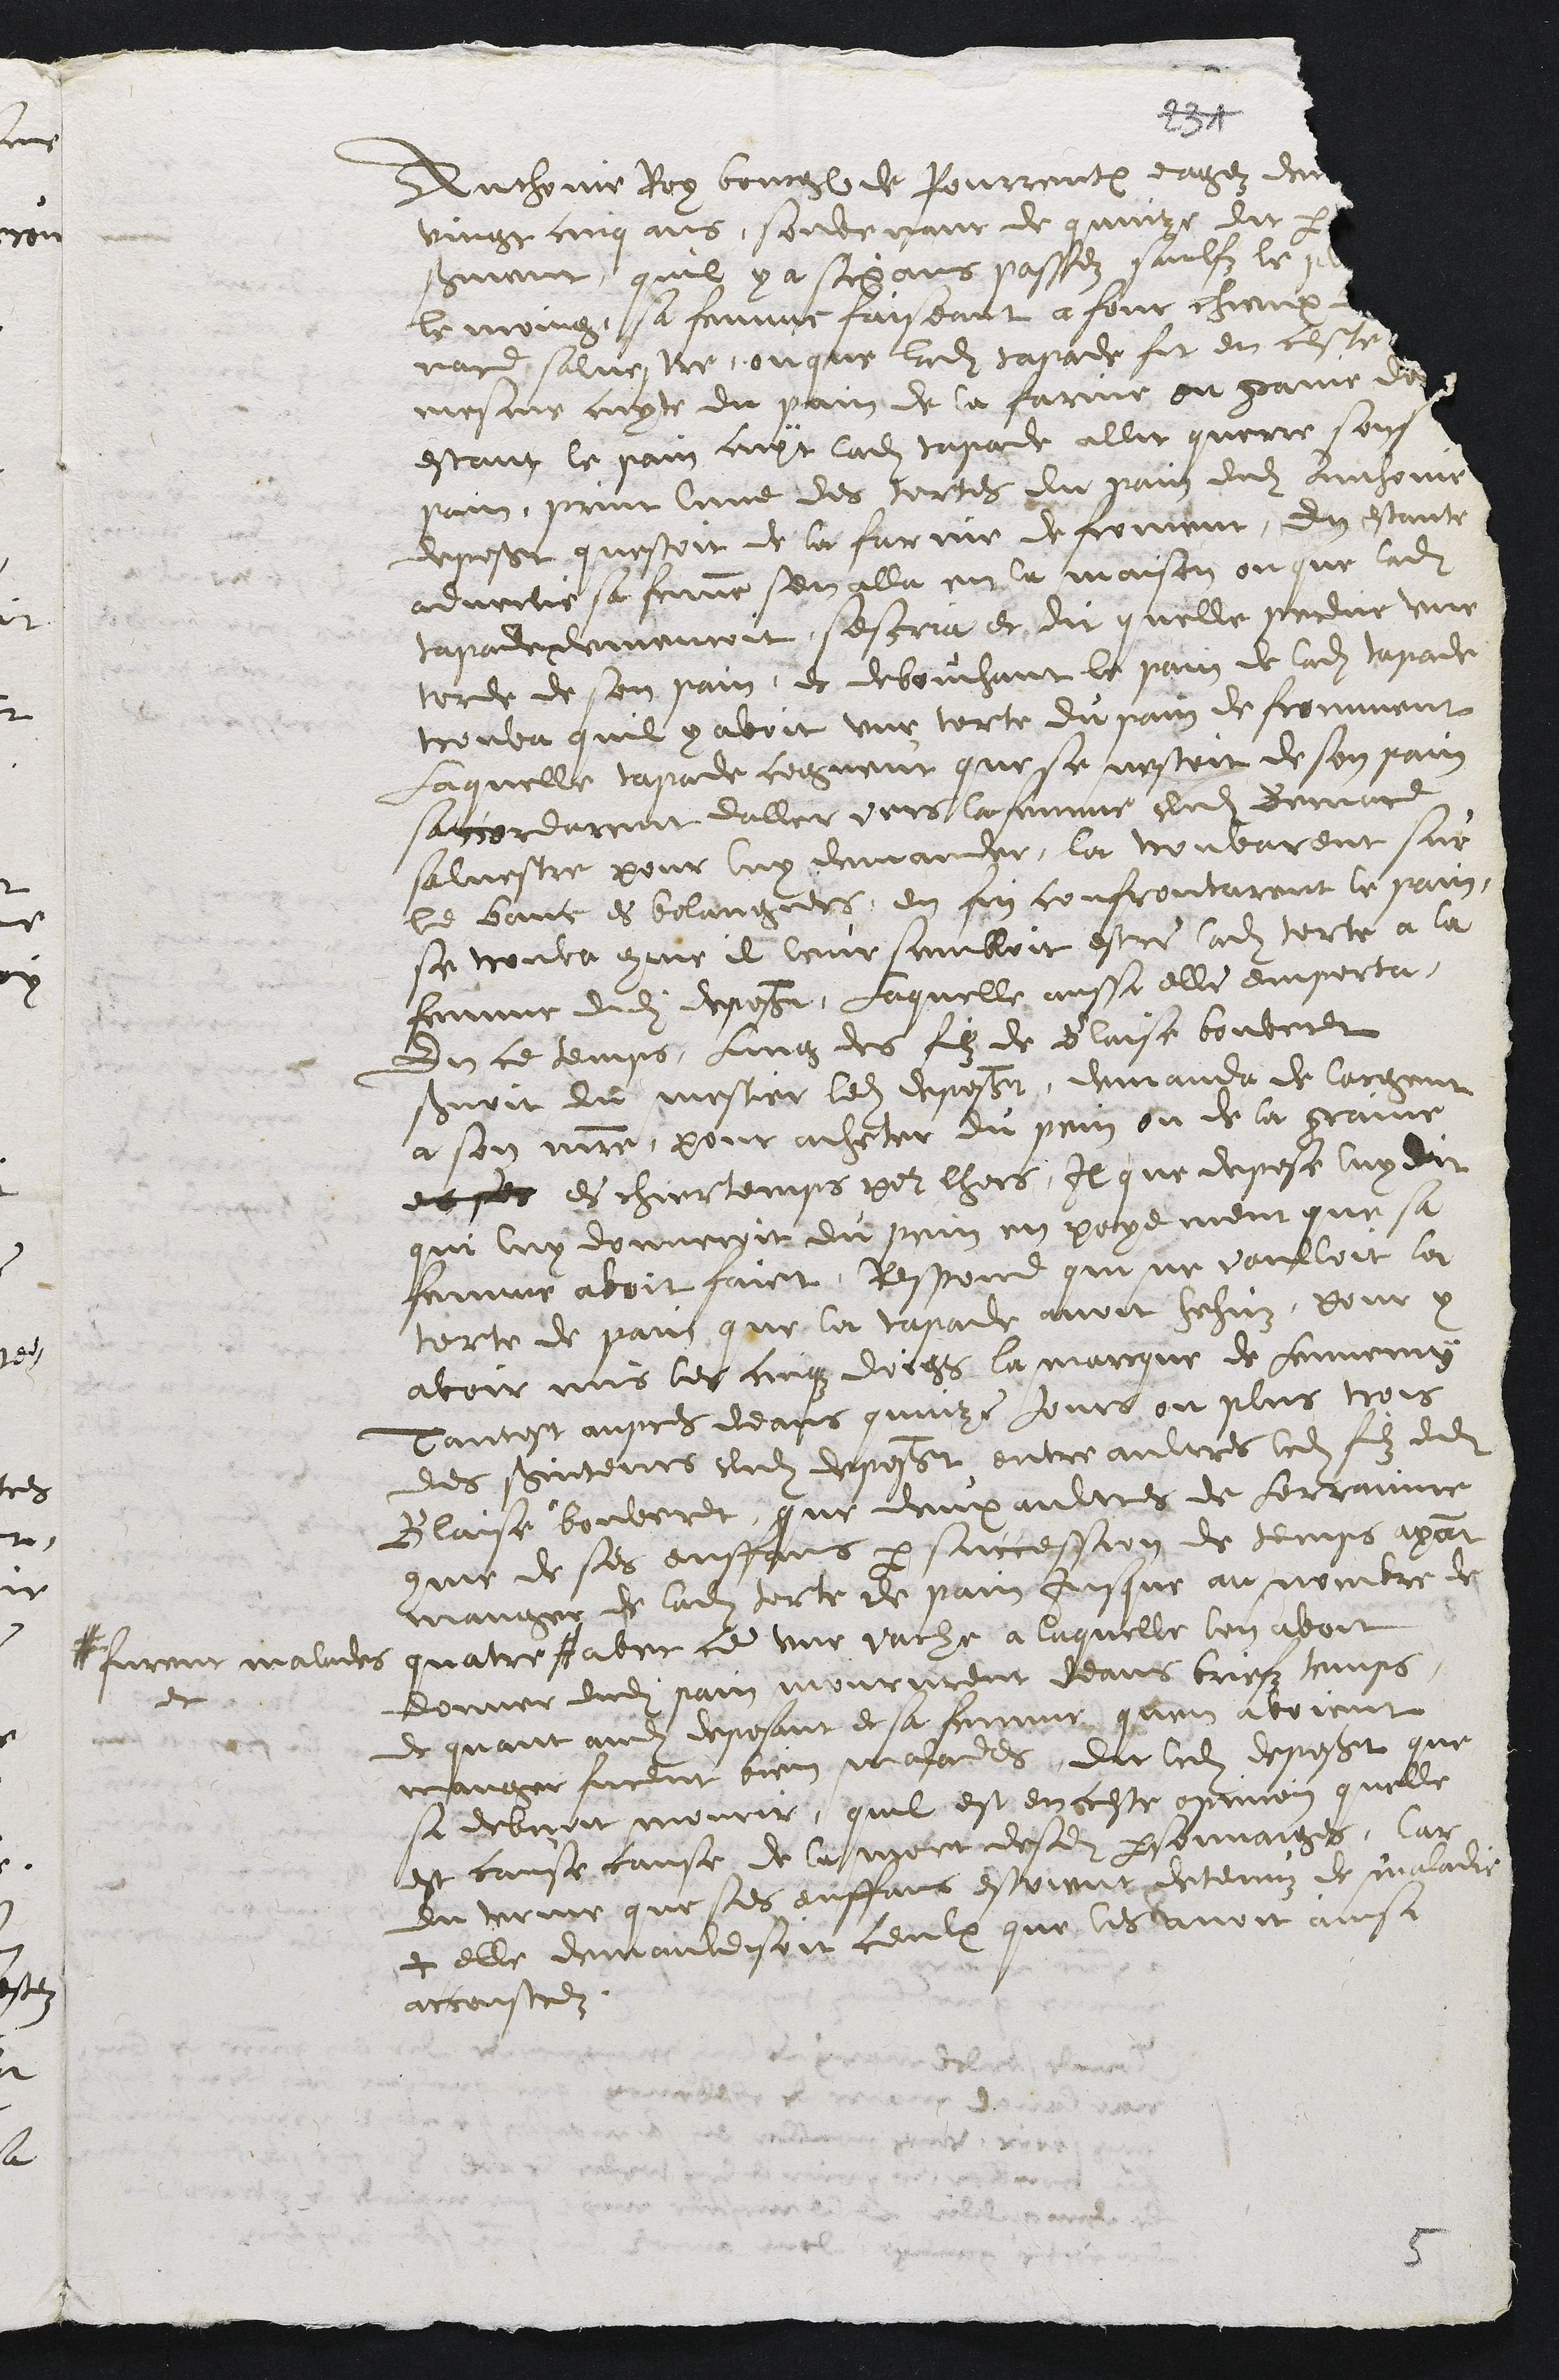
Anthoine Roy bourgeois de Pourrentruy eagez ded
vingt cinq ans, souvenant de quinze dit r
servent quil y a sigans passez saulfz le
le moing, sa femme faiseant a four chieux
nard salvestre, ou que ladite sapade fit en ceste
mesme cupte du pain de la farine ou game de
estant le pain cuyt ladite tapade allit querre son
pain, print lune des tortes du pain dudit Ainhoine
deposant questoit de la farine de froment, en estante
advertie sa femme sen alla en la maison ou que ladite
tapauveemenoit, sescria et dit quelle perue une
torde de son pain, et debouchant le pain de ladite tapade
trouva quil y avoit une torte du pain de fromment
Laquelle tapade cogneut que se nestoit de son pain
saccordarent daller vers la femme dudit demire
salvestre pour luy demander, la trouvarent sur
le banc es bolangiers, en fin confrontarent le pain
se trouva comme il leur sembloit estre ladite torte a la
femme dudit deposant. Laquelle aussi elle emporta,
En ce temps, lung des filz de Blaise bouberet
servoit du mestier ledit deposant, demanda de largent
a son maistre, pour acheter du pein ou de la graine
et ses es chiertemps peur lhors, Il que depose luy dit
qui luy donnerit du pein en payement que sa
femme avoit faict, Respond qui ne voulloit la
torte de pans que la tasade avoit hehuz, pour y
avoir mis les cinq doigs la marque de Lennemy
Tantost aupres deans quinze jours ou plus trois
des sernteurs dudit deposant entre aultres ledit filz dudit
Blaise bouveret, que deux aultres de ferrainne
comme de ses enffans parsuccession de temps apat
manger de ladite torte de pain jusque au nombre de
quatre
# furent malades
et
avec ce une vache a laquelle lon avoit
donner dudit pain moururent deans bue temps,
de quant audit deposant et sa femme quen avoient
manger furent bien malades, dit ladite deposant que
si debvoit mourir, quil est en ceste ornnon quelle
est cause cause de la mort desdits personnaiges, Car
du terme que ses enffans estoient detenuz de maadie
tt elle demauldisoit ceulx que les avoit ainsi
accoustrez.